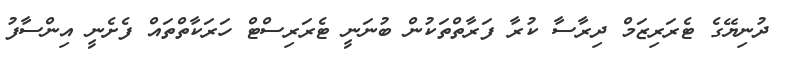
ދުނިޔޭގެ ޓެރަރިޒަމް ދިރާސާ ކުރާ ފަރާތްތަކުން ބުނަނީ ޓެރަރިިސްޓް ހަރަކާތްތައް ފެށެނީ އިންސާފު